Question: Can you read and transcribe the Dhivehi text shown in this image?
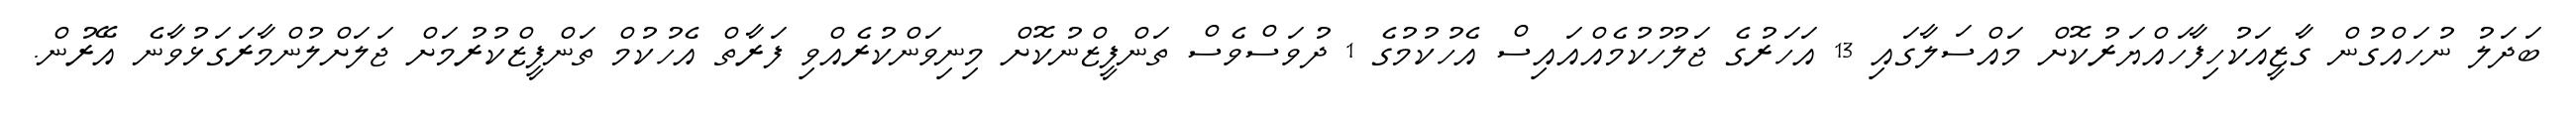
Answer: ބަދަލު ނުހައްގުން ގާޒީއަކުހިފާހައްޔަރުކޮށް މައްސަލާގައި 13 އަހަރުގެ ޖަލުހުކުމެއްއައިސް އެހުކުމުގެ 1 ދުވަސްވެސް ތަންފީޒްނުކޮށް މިނިވަންކުރެއްވި ފަރާތް އެހުކުމް ތަންފީޒްކުރުމަށް ޖަލަށްލުންމާރަގަޅުވާނެ އޭރުން.